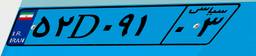
۵۲D۰۹۱۰۳